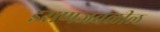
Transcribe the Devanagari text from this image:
इराणजवळील